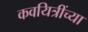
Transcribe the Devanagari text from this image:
कवयित्रींच्या